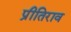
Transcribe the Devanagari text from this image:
प्रीतिराव